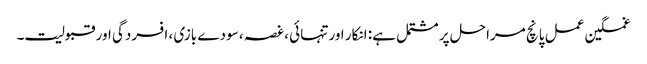
غمگین عمل پانچ مراحل پر مشتمل ہے: انکار اور تنہائی ، غصہ ، سودے بازی ، افسردگی اور قبولیت۔